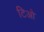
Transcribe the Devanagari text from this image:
टिओ